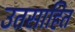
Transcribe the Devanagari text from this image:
उतसाहित